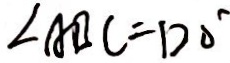
\angle A B C = 1 2 0 ^ { \circ }